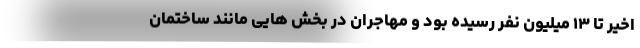
اخیر تا ۱۳ میلیون نفر رسیده بود و مهاجران در بخش هایی مانند ساختمان